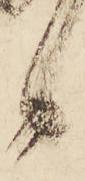
候